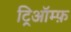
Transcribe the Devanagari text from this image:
ट्रिऑम्फ़